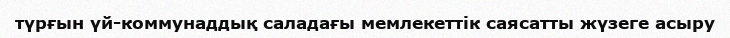
түрғын үй-коммунаддық саладағы мемлекеттік саясатты жүзеге асыру